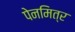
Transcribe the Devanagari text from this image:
पेनमित्र